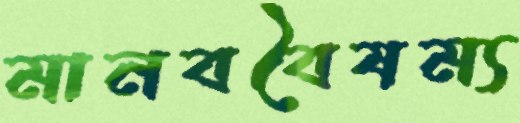
মানববৈষম্য